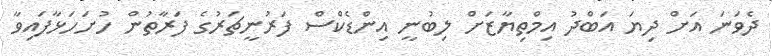
ދެވަނަ އަށް ދިޔަ އަބްދު އިމްތިޔާޒަށް ލިބުނީ އިންޑެކްސް ފަރުނީޗަރުގެ ފަރާތުން ހުށަހަޅާފައިވާ